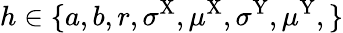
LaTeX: h\in\{ a,b,r,\sigma^{\mathrm{X}},\mu^{\mathrm{X}},\sigma^{\mathrm{Y}},\mu^{\mathrm{Y}},\}